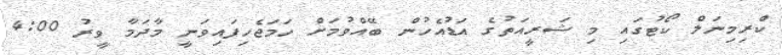
ކްރިމިނަލް ކޯޓުގައި މި ޝަރީއަތުގެ އަޑުއެހުން ބޭއްވުމަށް ހަމަޖެހިފައިވަނީ މާދަމާ ވީރު 4:00